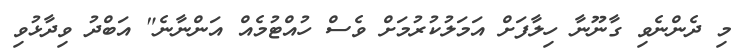
މި ދެންނެވި ގާނޫނާ ހިލާފަށް އަމަލުކުރުމަށް ވެސް ހުއްޓުމެއް އަންނާނެ" އަބްދު ވިދާޅުވި